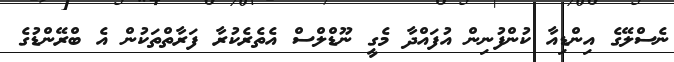
ނެސްލޭގެ އިންޑިއާ ކުންފުނިން އުފައްދާ މެގީ ނޫޑްލްސް އެތެރެކުރާ ފަރާތްތަކުން އެ ބްރޭންޑުގެ